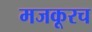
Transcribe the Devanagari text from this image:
मजकूरच